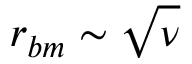
r _ { b m } \sim \sqrt { \nu }